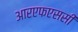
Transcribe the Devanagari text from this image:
आरएफएससी